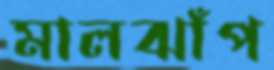
মালঝাঁপ